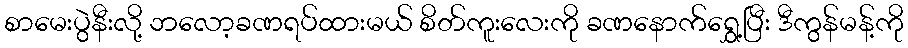
စာမေးပွဲနီးလို့ ဘလော့ခဏရပ်ထားမယ် စိတ်ကူးလေးကို ခဏနောက်ရွှေ့ပြီး ဒီကွန်မန့်ကို